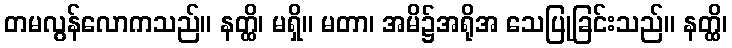
တမလွန်လောကသည်။ နတ္ထိ၊ မရှိ။ မတာ၊ အမိ၌အရိုအ သေပြုခြင်းသည်။ နတ္ထိ၊